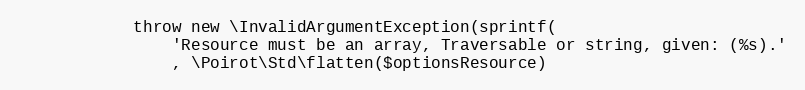
Language: PHP
            throw new \InvalidArgumentException(sprintf(
                'Resource must be an array, Traversable or string, given: (%s).'
                , \Poirot\Std\flatten($optionsResource)